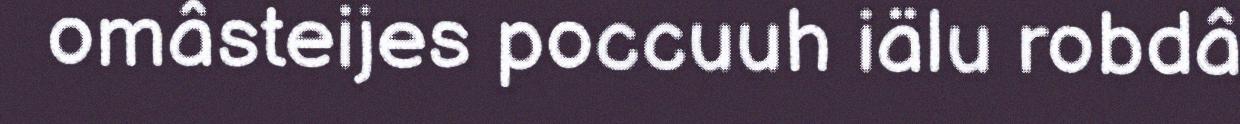
omâsteijes poccuuh iälu robdâ